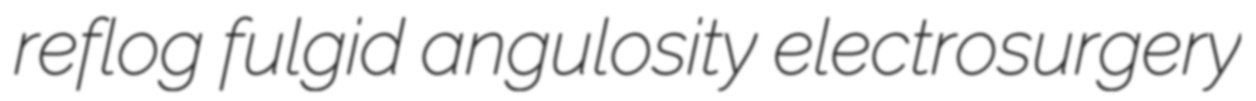
reflog fulgid angulosity electrosurgery